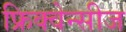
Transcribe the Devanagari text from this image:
फ्रिक्वेन्सीज